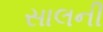
સાલની